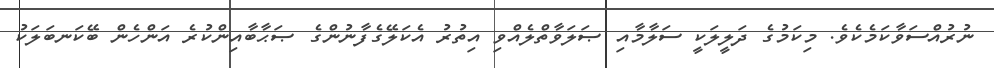
ނުރުއްސަވާކަމެކެވެ. މިކަމުގެ ދަލީލަކީ ސަލާމާއި ޞަލަވާތްލެއްވި އިތުރު އެކަލޭގެފާނުންގެ ޞަޙާބާއިންކުރެ އަންހެން ބޭކަނބަލަކު